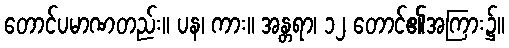
တောင်ပမာဏတည်း။ ပန၊ ကား။ အန္တရာ၊ ၁၂ တောင်၏အကြား၌။